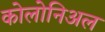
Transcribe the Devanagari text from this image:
कोलोनिअल